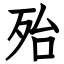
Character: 殆